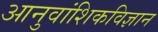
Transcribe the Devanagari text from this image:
आनुवांशिकविज्ञान